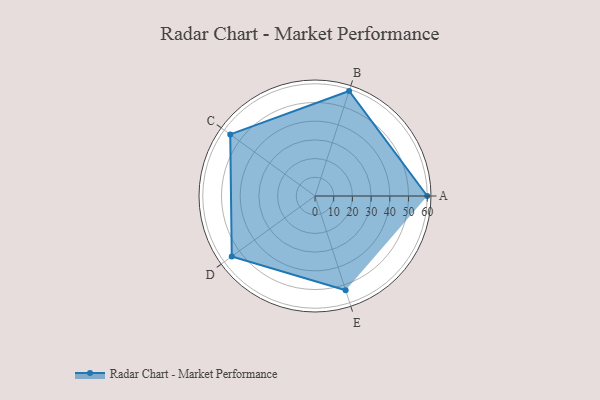
{"axis": {"x": "Skill", "y": "Score"}, "legend": ["Profile"], "data": [{"x": "A", "y": 60.0, "type": "Profile"}, {"x": "B", "y": 59.0, "type": "Profile"}, {"x": "C", "y": 56.0, "type": "Profile"}, {"x": "D", "y": 55.0, "type": "Profile"}, {"x": "E", "y": 53.0, "type": "Profile"}]}